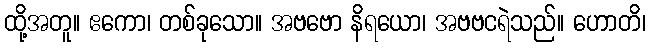
ထို့အတူ။ ဧကော၊ တစ်ခုသော။ အဗဗော နိရယော၊ အဗဗငရဲသည်။ ဟောတိ၊